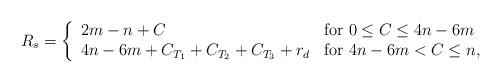
LaTeX: \begin{align*}R_s = \left\{\begin{array}{l l} 2m-n + C &\mbox{for $0 \leq C \leq 4n-6m$} \\ 4n-6m + C_{T_1} + C_{T_2} + C_{T_3} + r_d & \mbox{for $4n-6m < C \leq n$}, \end{array}\right. \end{align*}